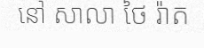
នៅ សាលា ថៃ រ៉ាត